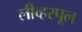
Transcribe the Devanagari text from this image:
लीव्हरपूल